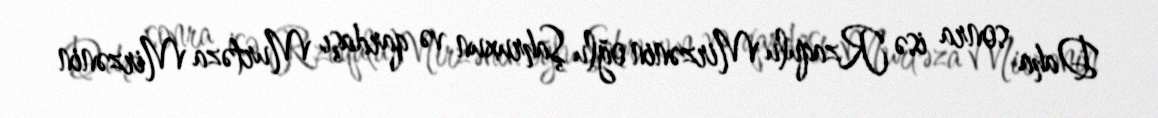
Daha sonra isə Rzaqulu Mirzənin oğlu Şahruxun və qardaşı Murtəza Mirzənin